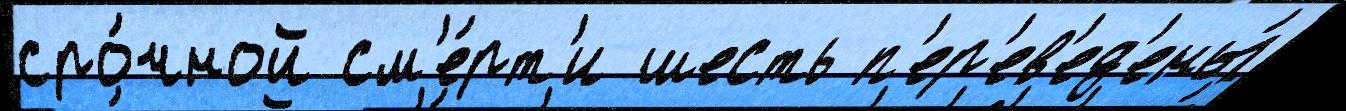
сро́чной см'е́рт'и шесть п'ер'ев'ед'ены́